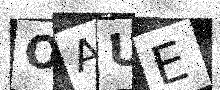
Text: OAUE